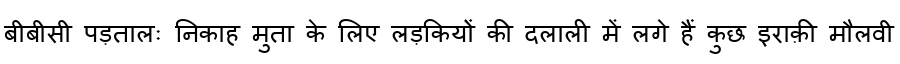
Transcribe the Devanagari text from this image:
बीबीसी पड़तालः निकाह मुता के लिए लड़कियों की दलाली में लगे हैं कुछ इराक़ी मौलवी